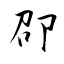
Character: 卲